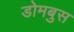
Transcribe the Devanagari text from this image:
डोमबुस